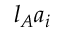
l _ { A } a _ { i }